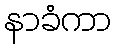
နာခံကာ